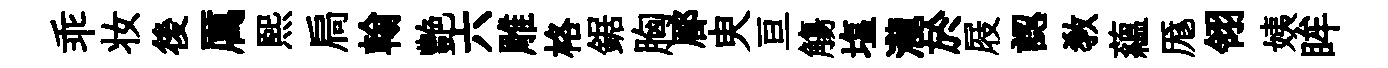
乖妆後厲熙扃翰艶六雕格鋸胸郿㬰亘觴塩瀧於屐認敎蘊厖翎姨眸